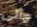
وأتى